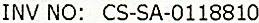
INV NO: CS-SA-0118810